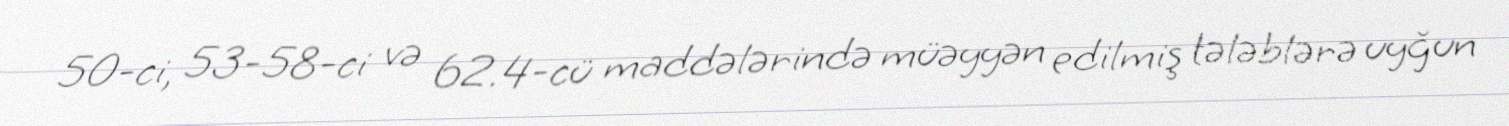
50-ci, 53-58-ci və 62.4-cü maddələrində müəyyən edilmiş tələblərə uyğun